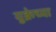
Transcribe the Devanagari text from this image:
युक्रेच्या